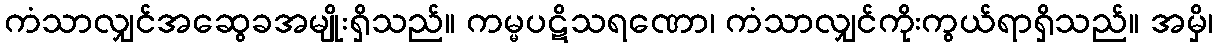
ကံသာလျှင်အဆွေခအမျိုးရှိသည်။ ကမ္မပဋိသရဏော၊ ကံသာလျှင်ကိုးကွယ်ရာရှိသည်။ အမှိ၊